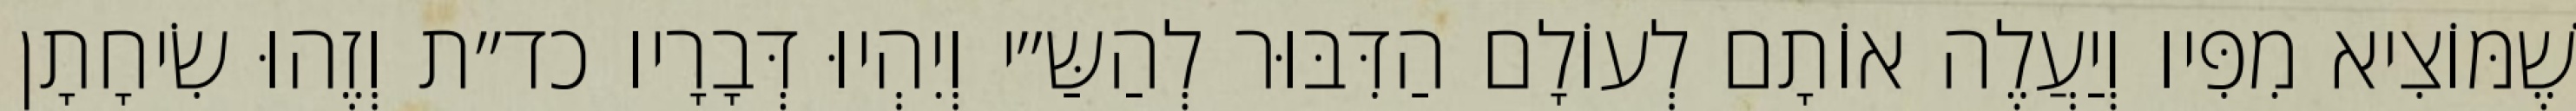
שֶׁמּוֹצִיא מִפִּיו וְיַעֲלֶה אוֹתָם לְעוֹלָם הַדִּבּוּר לְהַשַּ״י וְיִהְיוּ דְּבָרָיו כד״ת וְזֶהוּ שִׂיחָתָן